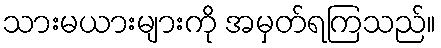
သားမယားများကို အမှတ်ရကြသည်။